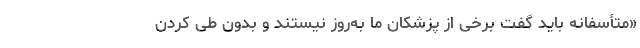
«متأسفانه باید گفت برخی از پزشکان ما به‌روز نیستند و بدون طی کردن